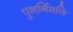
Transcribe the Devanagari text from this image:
पुनर्निमणि